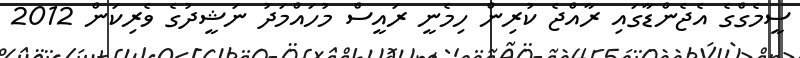
ސީމެގްގެ އެޖެންޑާގައި ރާއްޖެ ކުރިން ހިމެނީ ރައީސް މުހައްމަދު ނަޝީދުގެ ވެރިކަން 2012